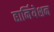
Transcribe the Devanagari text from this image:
हार्नियेशन